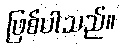
ဖြစ်ပါသည်။